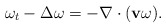
\begin{align*}\omega_t -\Delta\omega=-\nabla\cdot(\mathbf{v}\omega).\end{align*}